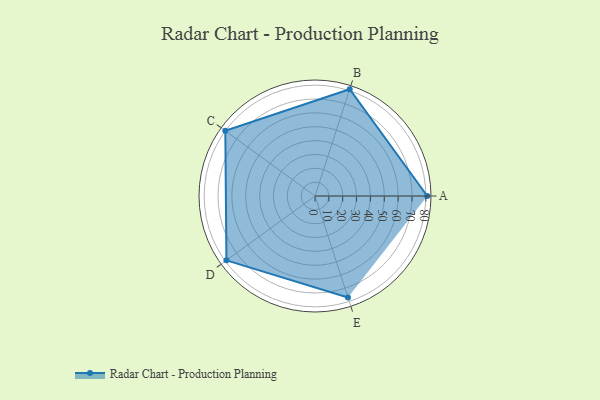
{"axis": {"x": "Skill", "y": "Score"}, "legend": ["Profile"], "data": [{"x": "A", "y": 81.0, "type": "Profile"}, {"x": "B", "y": 81.0, "type": "Profile"}, {"x": "C", "y": 80.0, "type": "Profile"}, {"x": "D", "y": 79.0, "type": "Profile"}, {"x": "E", "y": 77.0, "type": "Profile"}]}